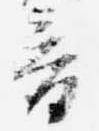
音